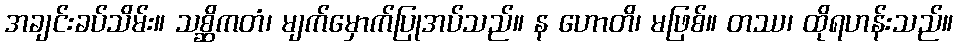
အချင်းခပ်သိမ်း။ သစ္ဆိကတံ၊ မျက်မှောက်ပြုအပ်သည်။ န ဟောတိ၊ မဖြစ်။ တဿ၊ ထိုရဟန်းသည်။